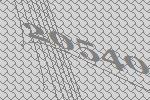
20540